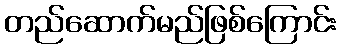
တည်ဆောက်မည်ဖြစ်ကြောင်း